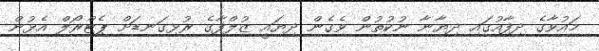
މައުވާގެ ދިފާއުގައި ދިޔާނާ ނުކުތުން ވެގެން ދިޔައީ ޒުލްފާގެ ރުޅިގަނޑަށް ޕެޓްރޯލް އެޅުން